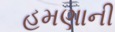
હમણાની